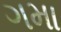
ગમા